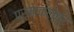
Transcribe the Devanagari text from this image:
पर्माकल्चर